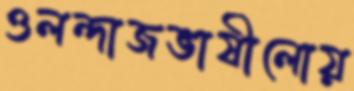
ওলন্দাজভাষীলোয়